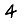
Digit: 4